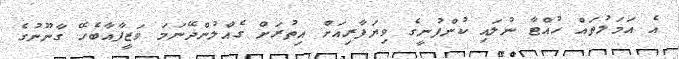
އެ އަމަލުތައް ހުއްޓާ ނުލައި ކުންފުނީގެ ވިޔަފާރިއަށް އިތުރަށް ގެއްލުންދޭނަމަ ވަޒީފާއާބެހޭ ގާނޫނުގެ